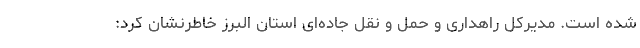
شده است. مدیرکل راهداری و حمل و نقل جاده‌ای استان البرز خاطرنشان کرد: